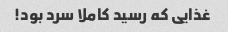
غذایی که رسید کاملا سرد بود!